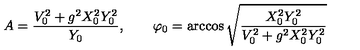
A = \frac { V _ { 0 } ^ { 2 } + g ^ { 2 } X _ { 0 } ^ { 2 } Y _ { 0 } ^ { 2 } } { Y _ { 0 } } , \qquad \varphi _ { 0 } = \arccos \sqrt { \frac { X _ { 0 } ^ { 2 } Y _ { 0 } ^ { 2 } } { V _ { 0 } ^ { 2 } + g ^ { 2 } X _ { 0 } ^ { 2 } Y _ { 0 } ^ { 2 } } }